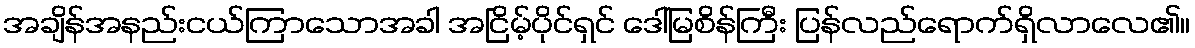
အချိန်အနည်းငယ်ကြာသောအခါ အငြိမ့်ပိုင်ရှင် ဒေါ်မြစိန်ကြီး ပြန်လည်ရောက်ရှိလာလေ၏။